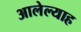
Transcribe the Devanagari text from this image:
आलेल्याह